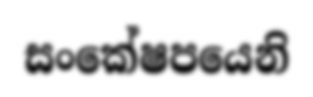
සංකේෂපයෙනි